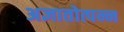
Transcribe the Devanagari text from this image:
अज्ञातोत्पन्न